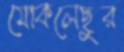
মোকলেছুর